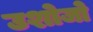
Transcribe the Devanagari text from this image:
उशोजो